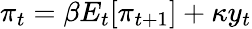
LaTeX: \pi_{t}=\beta E_{t}[\pi_{t+1}]+\kappa y_{t}